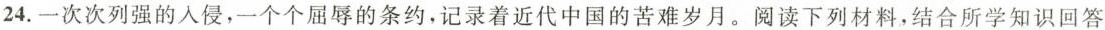
24.一次次列强的入侵，一个个屈辱的条约，记录着近代中国的苦难岁月。阅读下列材料，结合所学知识回答